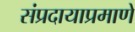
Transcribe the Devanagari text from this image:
संप्रदायाप्रमाणे